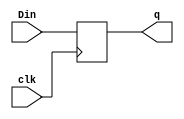
module DFF(Din,clk,q);

input Din;
input clk;
output reg q;

initial begin
     q = 0;
end

always@(posedge clk)
q <= Din;

endmodule